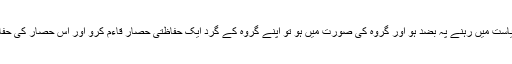
اگر ایک ناکام ریاست میں رہنے پہ بضد ہو اور گروہ کی صورت میں ہو تو اپنے گروہ کے گرد ایک حفاظتی حصار قاءم کرو اور اس حصار کی حفاظت یقینی بناءو۔